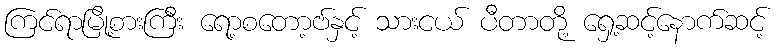
ကြင်ရာမြို့စားကြီး ရော့စတော့ဗ်နှင့် သားငယ် ပီတာတို့ ရှေ့ဆင့်နောက်ဆင့်